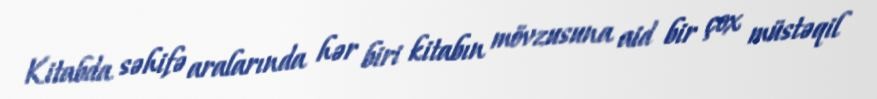
Kitabda səhifə aralarında hər biri kitabın mövzusuna aid bir çox müstəqil